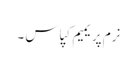
نرم پریمیم کپاس ۔